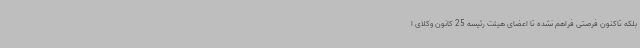
بلکه تاکنون فرصتی فراهم نشده تا اعضای هیئت رئیسه 25 کانون وکلای ا